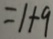
= 1 + 9